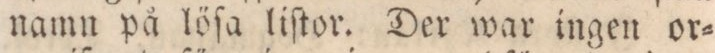
namn på löſa liſtor. Der war ingen or=